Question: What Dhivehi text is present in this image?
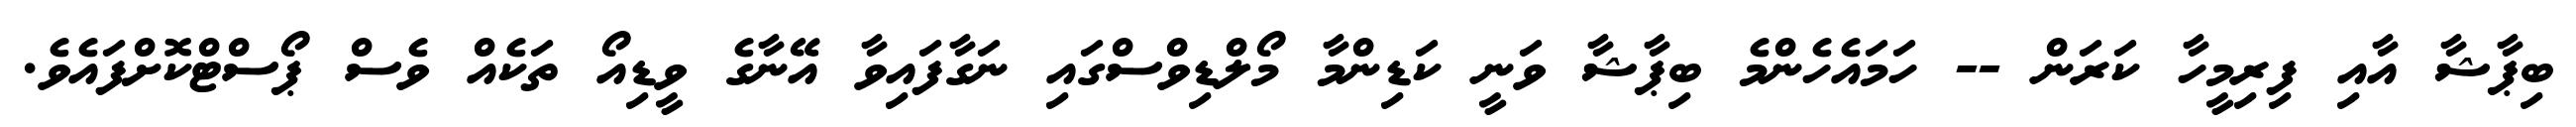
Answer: ބިޕާޝާ އާއި ފިރިމީހާ ކަރަން -- ހަމައެހެންމެ ބިޕާޝާ ވަނީ ކަޑިންމާ މޯލްޑިވްސްގައި ނަގާފައިވާ އޭނާގެ ވީޑިއޯ ތަކެއް ވެސް ޕޯސްޓްކޮށްފައެވެ.